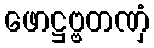
ဖောဋ္ဌဗ္ဗတဏှံ